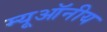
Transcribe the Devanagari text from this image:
म्यूऑनीय